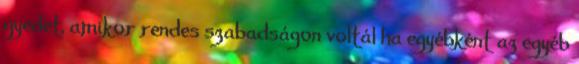
gyedet, amikor rendes szabadságon voltál ha egyébként az egyéb